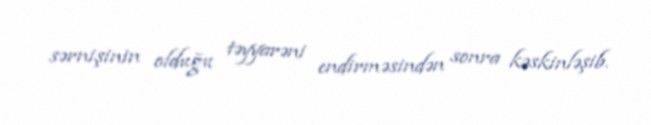
sərnişinin olduğu təyyarəni endirməsindən sonra kəskinləşib.